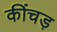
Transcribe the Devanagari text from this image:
कींचड़